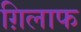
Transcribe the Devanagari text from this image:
ग़िलाफ